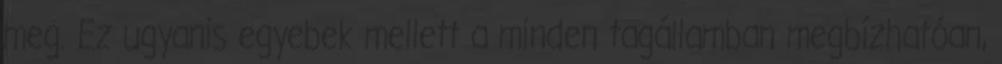
meg. Ez ugyanis egyebek mellett a minden tagállamban megbízhatóan,